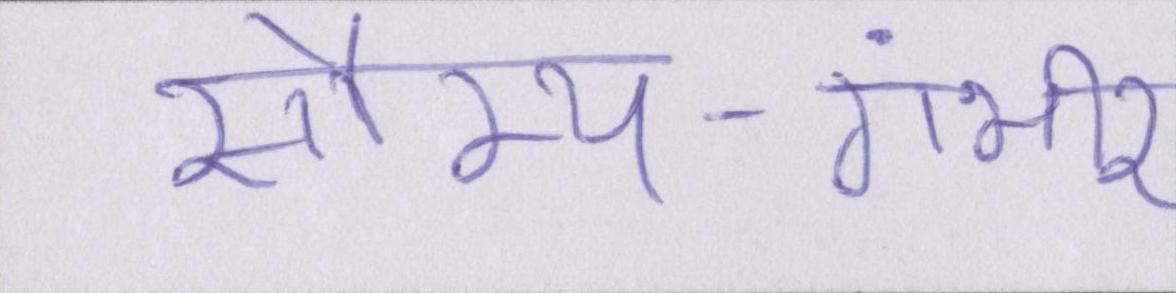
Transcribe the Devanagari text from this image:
सौम्य-गंभीर